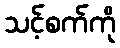
သင့်စက်ကို